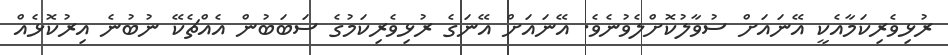
ރުޅިވެރިކަމާއެކީ އޭނައަށް ސުވާލުކޮށްލެވުނެވެ. އޭނައަށް އޭނަގެ ރުޅިވެރިކަމުގެ ސަބަބުން އެއްޗެކޭ ނުބުނެ އިރުކޮޅެއް